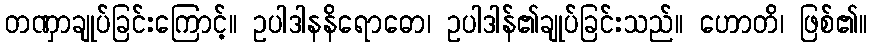
တဏှာချုပ်ခြင်းကြောင့်။ ဥပါဒါနနိရောဓော၊ ဥပါဒါန်၏ချုပ်ခြင်းသည်။ ဟောတိ၊ ဖြစ်၏။